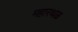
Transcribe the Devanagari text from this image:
महारथळ